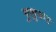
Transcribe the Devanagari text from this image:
गुलुबन्द